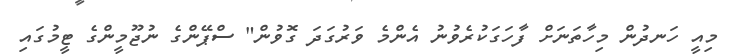
މިއީ ހަނދުން މިހާތަނަށް ފާހަގަކުރެވުނު އެންމެ ވަރުގަދަ ގޮވުން" ސްޕޭންގެ ނުޖޫމީންގެ ޓީމުގައި